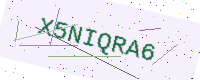
Text: X5NIQRA6